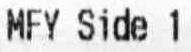
MFY SIDE 1